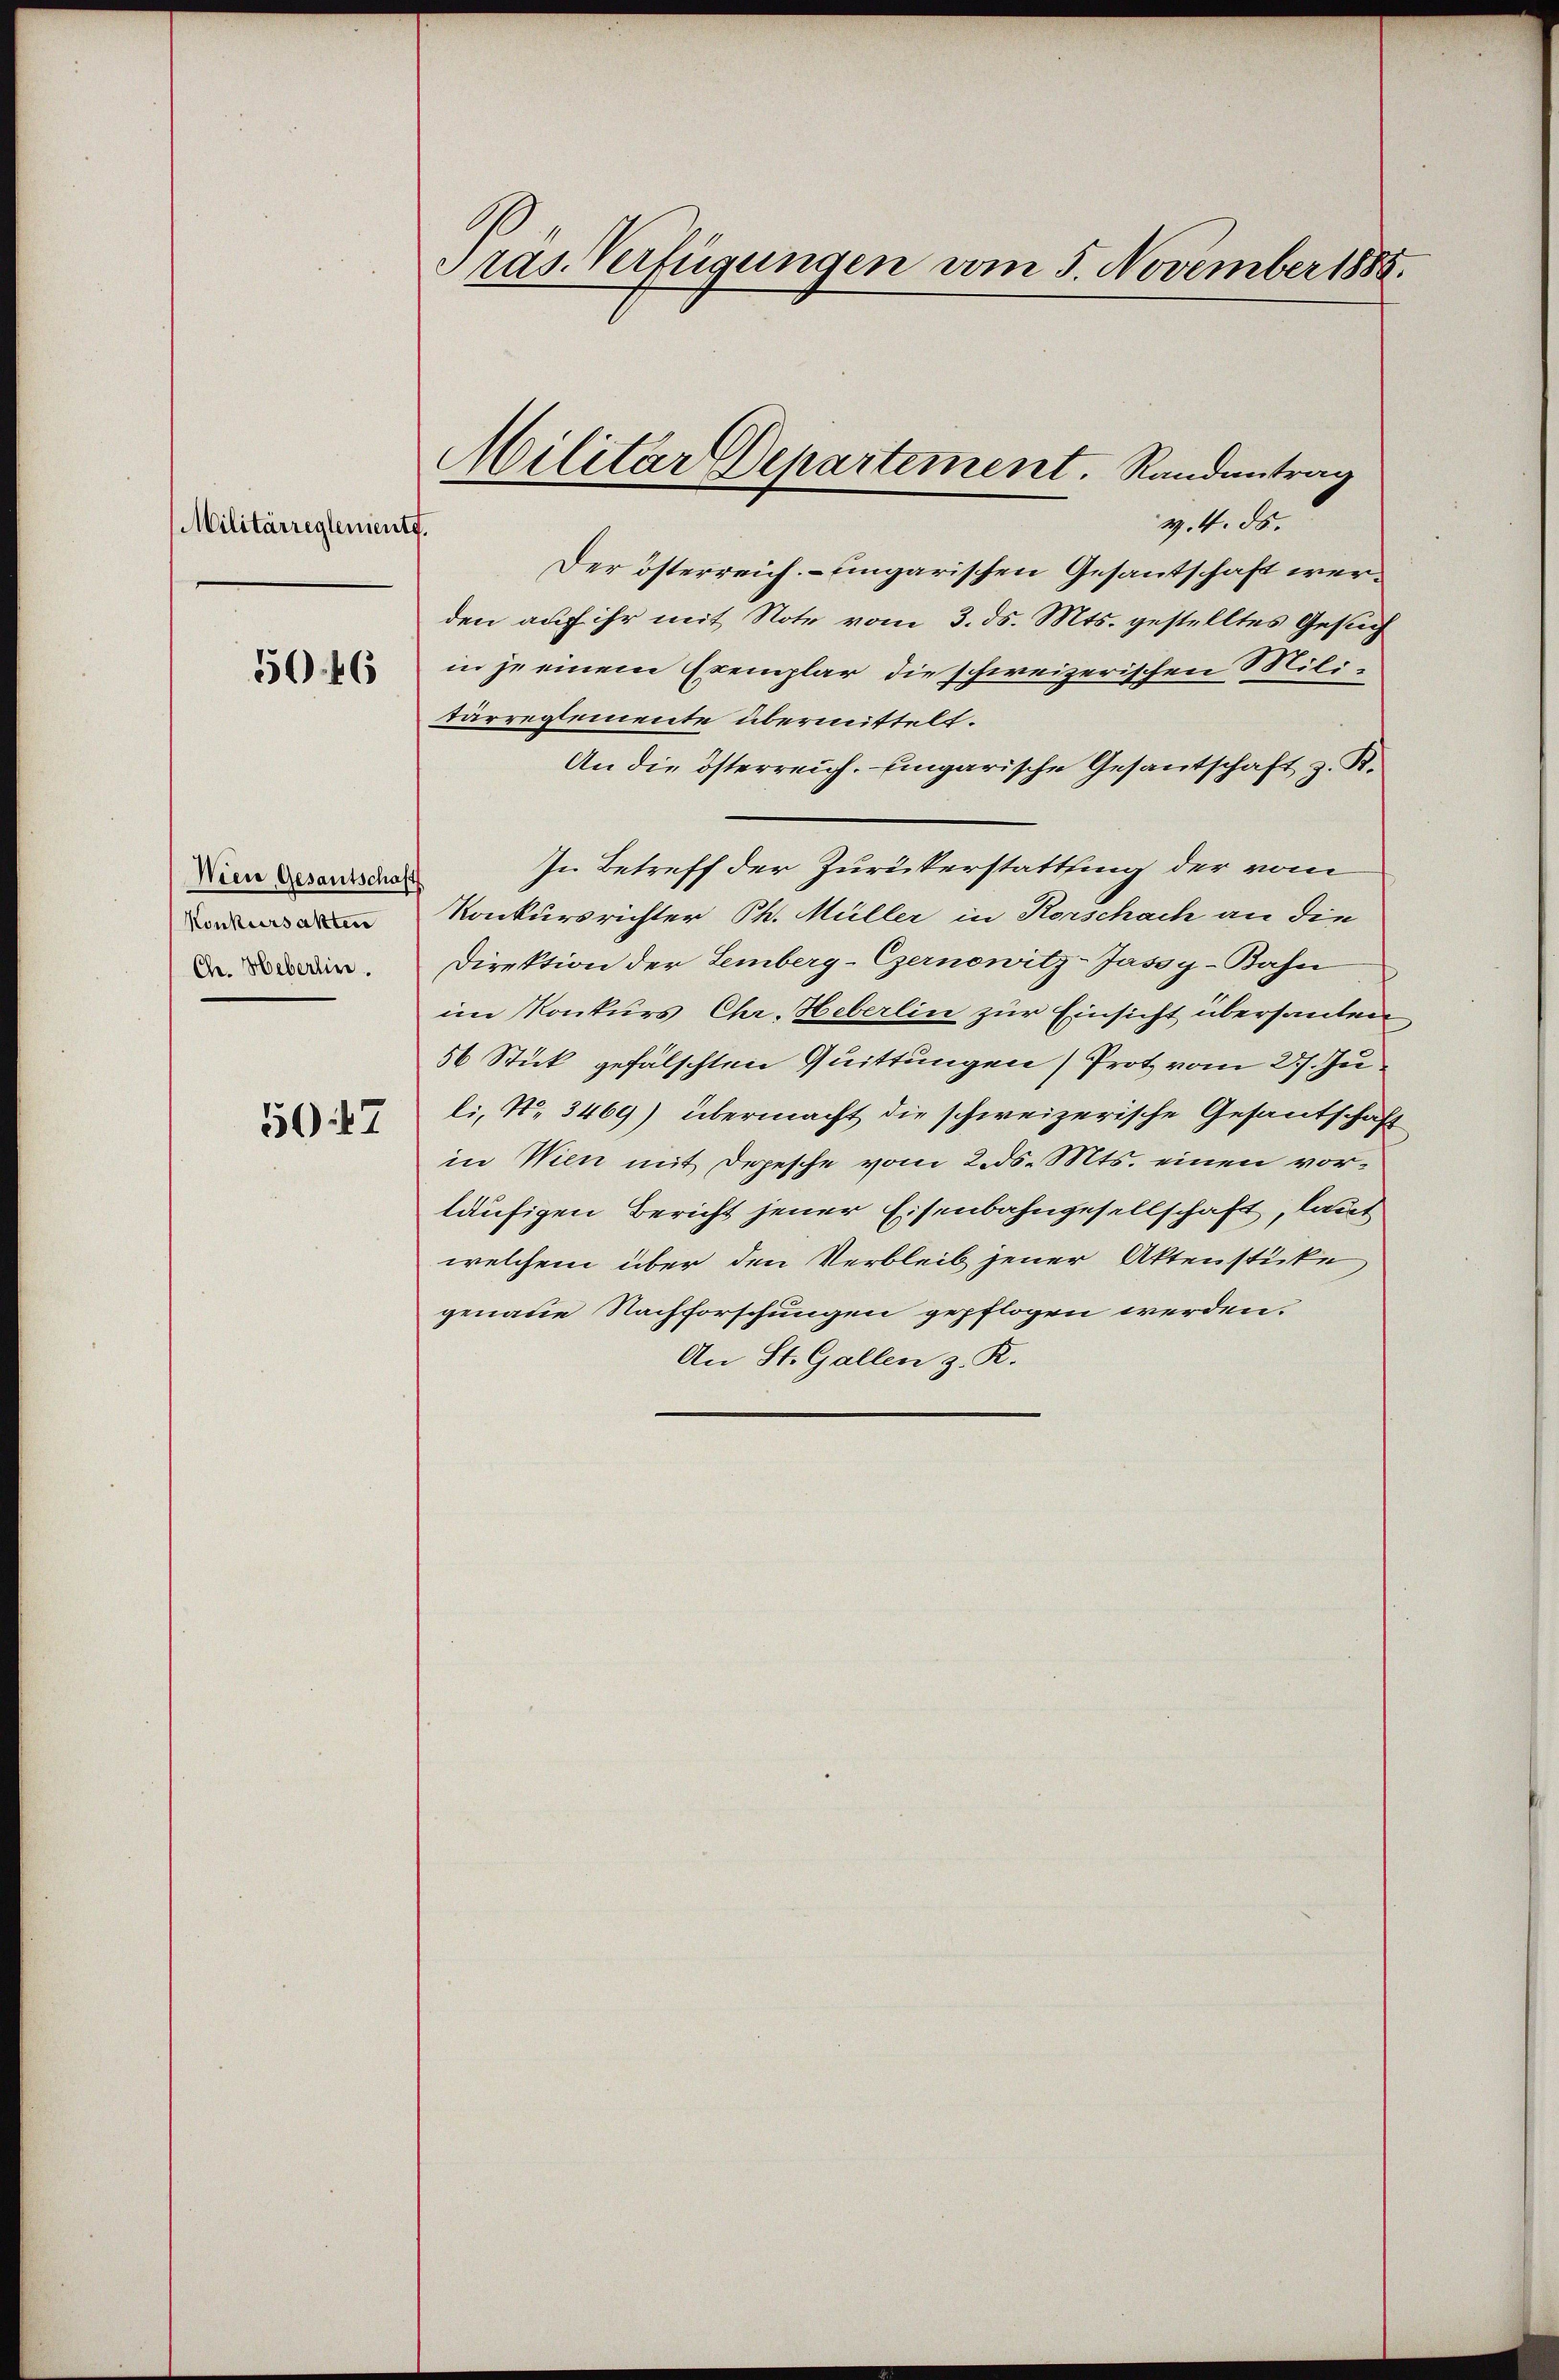
Militärreglenient.

5046

Wien Gesantschaft
Konkursakten
Chr. Heberlin.

507

Pras. Verfügungen vom 5. November 1885.

Militar Departement. Randantrag

v. 4. ds.
Der österreich- ungarischen Gesantschaft werden auf ihr mit Note vom 3. ds. Mts. gestelltes Gesuch
in je einem Exemplar die schweizerischen Militarregtemente übermittelt.
An die österreich. ungarische Gesantschaft z. R.
In Betreff der Zurückerstattung der vom
Konkursrichter Ph. Müller in Rorschach an die
Direktion der Lemberg-Czernowitz-Jassy-Bahn
im Konkurs Chr. Heberlin zur Einsicht übersanten
56 Stick gefalschten Quittungen) Prot vom 27. Juli, No 3469) übermacht die schweizerische Gesantschaft
in Wien mit Depesche vom 2. ds. Mts. einen vorläufigen Bericht jener Eisenbahngesellschaft, laut
welchem über den Verbleib jener Aktenstücke
genaue Nachforschungen gepflogen werden.
An St. Gallen z. R.